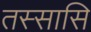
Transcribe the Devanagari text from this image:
तस्सासि